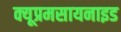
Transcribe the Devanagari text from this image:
क्यूप्रमसायनाइड